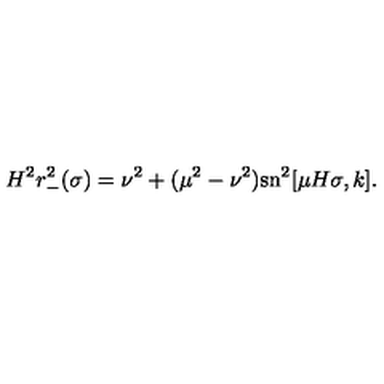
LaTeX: H ^ { 2 } r _ { - } ^ { 2 } ( \sigma ) = \nu ^ { 2 } + ( \mu ^ { 2 } - \nu ^ { 2 } ) \mathrm { s n } ^ { 2 } [ \mu H \sigma , k ] .